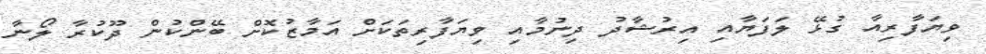
ވިޔަފާރިއާ ގުޅޭ ލަފަޔާއި އިރުޝާދު ދިނުމާއި ވިޔަފާރިތަކަށް އަމާޒުކޮށް ބޭންކުން ދޫކުރާ ލޯނާ